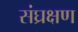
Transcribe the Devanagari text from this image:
संघ्रक्षण